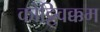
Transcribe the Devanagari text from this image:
कोट्टिवक्कम